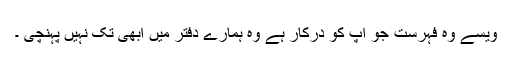
ویسے وہ فہرست جو آپ کو درکار ہے وہ ہمارے دفتر میں ابھی تک نہیں پہنچی ۔